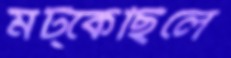
মট্‌কেছিলে